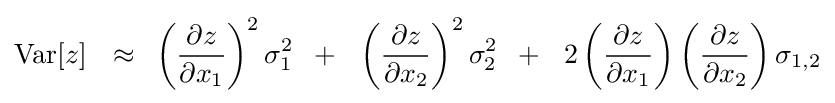
{\rm {Var}}[z]\,\,\,\,\approx \,\,\,\left({\frac {\partial z}{\partial x_{1}}}\right)^{2}\sigma _{1}^{2}\,\,\,+\,\,\,\,\left({\frac {\partial z}{\partial x_{2}}}\right)^{2}\sigma _{2}^{2}\,\,\,+\,\,\,\,2\left({\frac {\partial z}{\partial x_{1}}}\right)\left({\frac {\partial z}{\partial x_{2}}}\right)\sigma _{1,2}